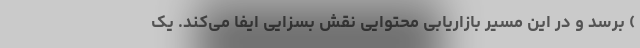
) برسد و در این مسیر بازاریابی محتوایی نقش بسزایی ایفا می‌کند. یک